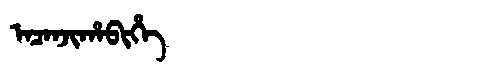
Manchu: ᠠᠴᠠᠨᠵᡳᡥᠠᠪᡳᡥᡝ
Romanization: ACANJIHABIHE